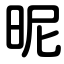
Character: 昵